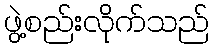
ဖွဲ့စည်းလိုက်သည်